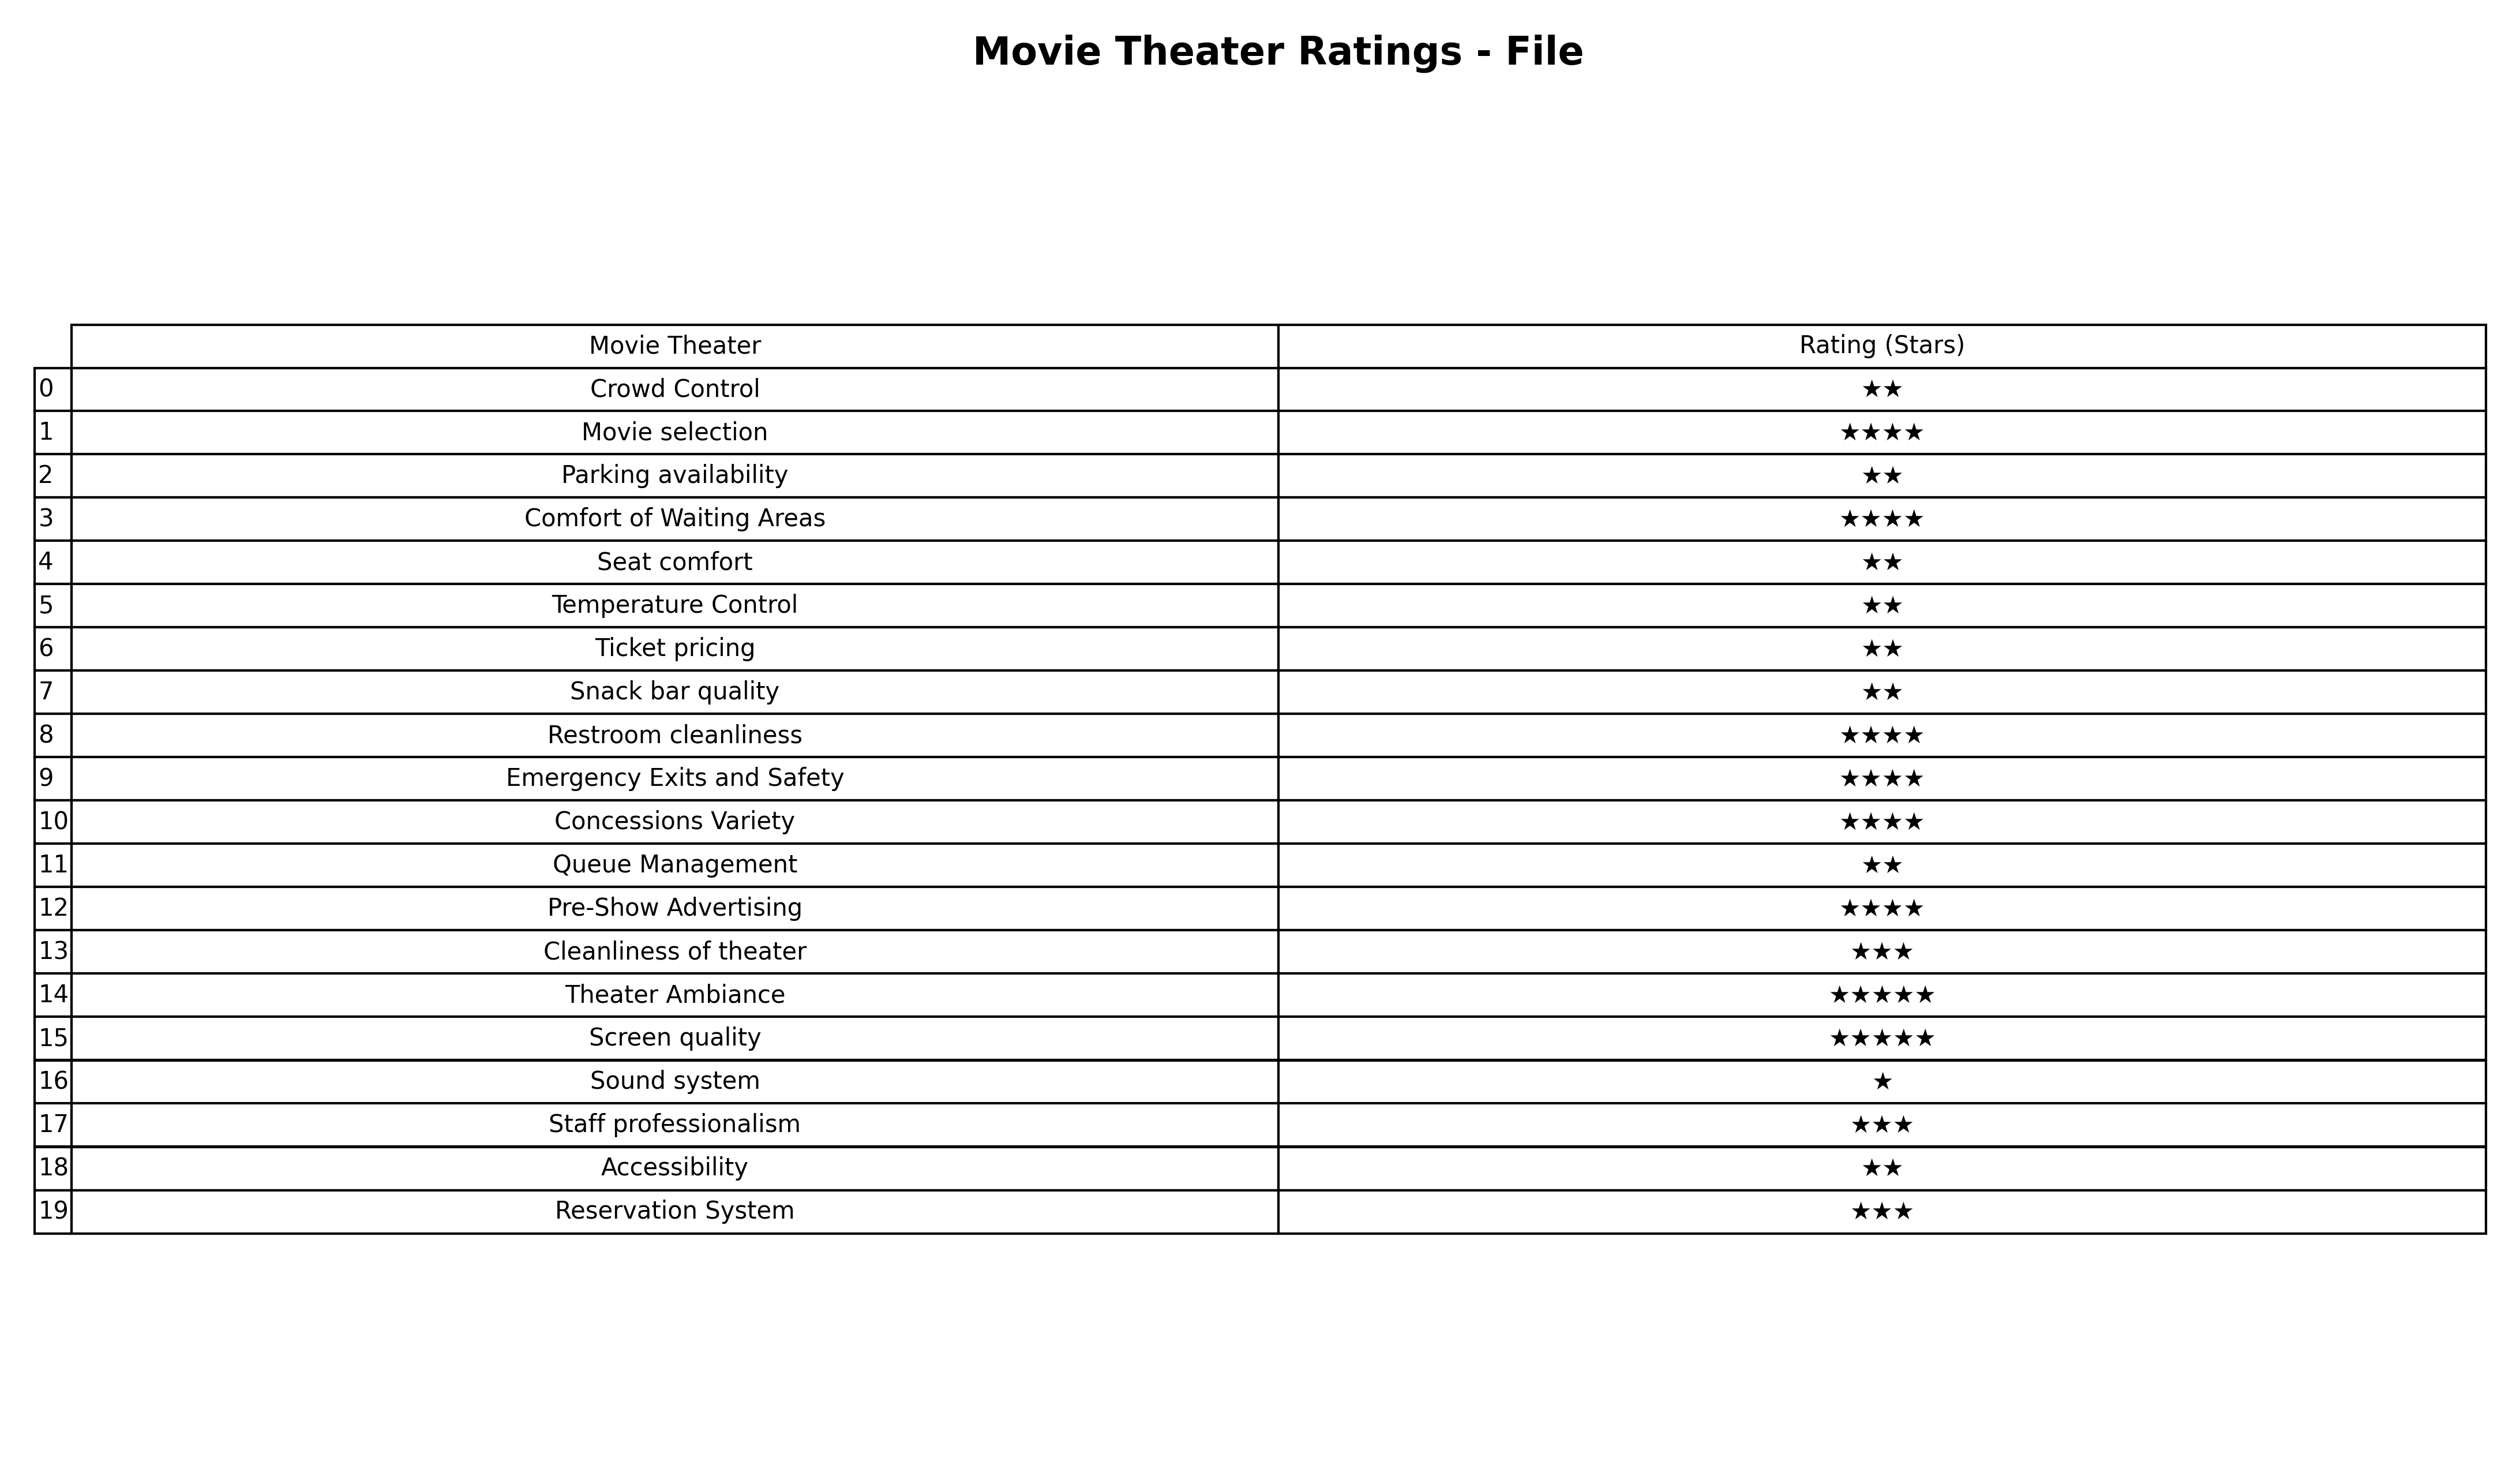
question: Which services are rated average?
answer: Cleanliness of theaterStaff professionalismReservation System